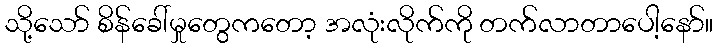
သို့သော် စိန်ခေါ်မှုတွေကတော့ အလုံးလိုက်ကို တက်လာတာပေါ့နော်။